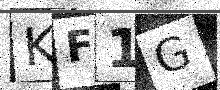
Text: KF1G